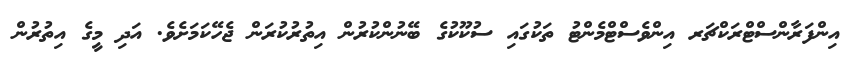
އިންފަރާންސްޓްރަކްޗަރ އިންވެސްޓްމެންޓު ތަކުގައި ސުކޫކުގެ ބޭނުންކުރުން އިތުރުކުރަން ޖެހޭކަމަށެވެ. އަދި މީގެ އިތުރުން